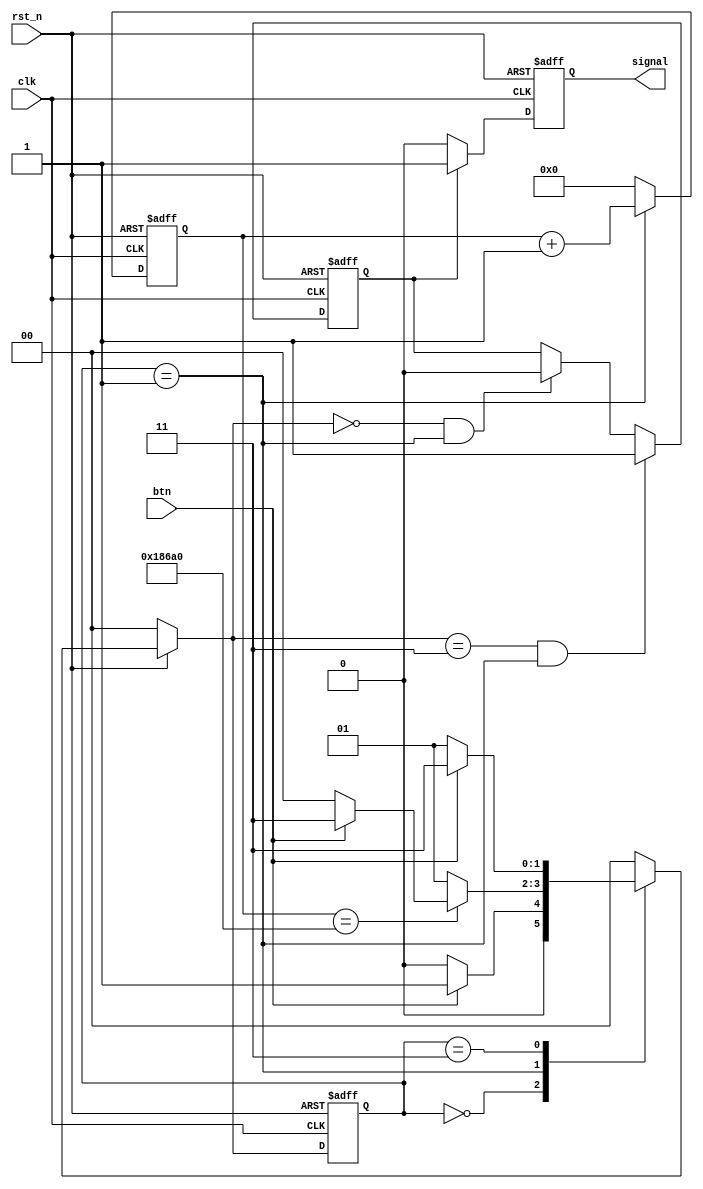
`timescale 1ns / 1ps
//////////////////////////////////////////////////////////////////////////////////
// Company: 
// Engineer: 
// 
// Design Name: 
// Module Name: flutter_free
// Project Name: 
// Target Devices: 
// Tool Versions: 
// Description: 
// 
// Dependencies: 
// 
// Revision:
// Revision 0.01 - File Created
// Additional Comments:
// 
//////////////////////////////////////////////////////////////////////////////////


module flutter_free #(
    parameter FREQUENCY = 5) // 5MHz
(
    input clk,    // Clock 
    input rst_n,  // Asynchronous reset active low
    input btn, // active high
    output reg signal
);

// parameter T_20MS = 2000000; // 100MHz
parameter T_20MS = 20000*FREQUENCY; 
reg [20 : 0]time_cnt;

reg [1 : 0]state, next_state;
parameter IDLE = 2'b00, QUDOU = 2'b01, STABLE = 2'b11;
always @(posedge clk or negedge rst_n) begin
    if (~rst_n) begin
        state <= IDLE;        
    end else begin
        state <= next_state;        
    end
end

always @( * ) begin
    if (~rst_n) begin
        next_state = IDLE;        
    end else begin
        case(state)
            IDLE: if (btn) begin
                next_state = QUDOU;
            end else begin
                next_state = IDLE;
            end
            QUDOU: if (time_cnt == T_20MS) begin
                if (btn) begin
                    next_state = STABLE;
                end else begin
                    next_state = IDLE;
                end
            end else begin
                next_state = QUDOU;
            end
            STABLE: if (~btn) begin
                next_state = QUDOU;
            end else begin
                next_state = STABLE;
            end
            default: next_state = IDLE;
        endcase        
    end
end

always @(posedge clk or negedge rst_n) begin
    if (~rst_n) begin
        time_cnt <= 0;        
    end else if (state == QUDOU) begin
        time_cnt <= time_cnt + 1;
    end else begin
        time_cnt <= 0;
    end
end

reg stable_btn, stable_btn_d;
always @(posedge clk or negedge rst_n) begin
    if (~rst_n) begin
        stable_btn <= 0;        
    end else if (next_state == STABLE && state == QUDOU) begin
        stable_btn <= 1;
    end else if (next_state == IDLE && state == QUDOU) begin
        stable_btn <= 0;
    end
end

always @(posedge clk or negedge rst_n) begin
    if (~rst_n) begin
        stable_btn_d <= 0;        
    end else begin
        stable_btn_d <= stable_btn;
    end
end


always @(posedge clk or negedge rst_n) begin
    if (~rst_n) begin
        signal <= 0;        
    end else if (stable_btn ) begin
        signal <= 1;
    end else begin
        signal <= 0;
    end
end


endmodule